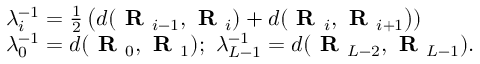
\begin{array} { r l } & { \lambda _ { i } ^ { - 1 } = \frac { 1 } { 2 } \left( d ( \textbf { R } _ { i - 1 } , \textbf { R } _ { i } ) + d ( \textbf { R } _ { i } , \textbf { R } _ { i + 1 } \right) ) } \\ & { \lambda _ { 0 } ^ { - 1 } = d ( \textbf { R } _ { 0 } , \textbf { R } _ { 1 } ) ; ~ \lambda _ { L - 1 } ^ { - 1 } = d ( \textbf { R } _ { L - 2 } , \textbf { R } _ { L - 1 } ) . } \end{array}